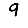
Digit: 9